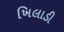
ખિલાડી